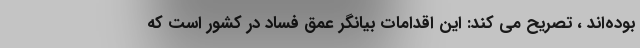
بوده‌اند ، تصریح می کند: این اقدامات بیانگر عمق فساد در کشور است که